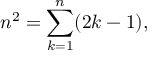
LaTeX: n ^ { 2 } = \sum _ { k = 1 } ^ { n } ( 2 k - 1 ) ,